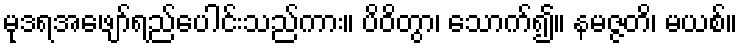
မုဒရအဖျော်ရည်ပေါင်းသည်ကား။ ပိဝိတွာ၊ သောက်၍။ နမဇ္ဇတိ၊ မယစ်။